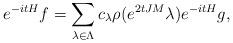
LaTeX: \begin{align*} e^{-i t H} f = \sum_{\lambda \in \Lambda} c_\lambda \rho(e^{2tJM} \lambda)e^{-i t H} g,\end{align*}